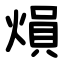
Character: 熉